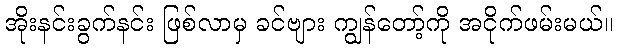
အိုးနင်းခွက်နင်း ဖြစ်လာမှ ခင်ဗျား ကျွန်တော့်ကို အငိုက်ဖမ်းမယ်။